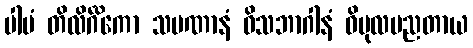
ပါမံ တိလိင်္ဂိကော သမဏာနံ ဝိသဘာဂါနံ ဝိပုလပညတာယ